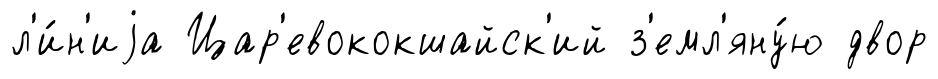
л'и́н'иjа Цар'евококшайск'ий з'емл'яну́ю двор